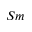
S m